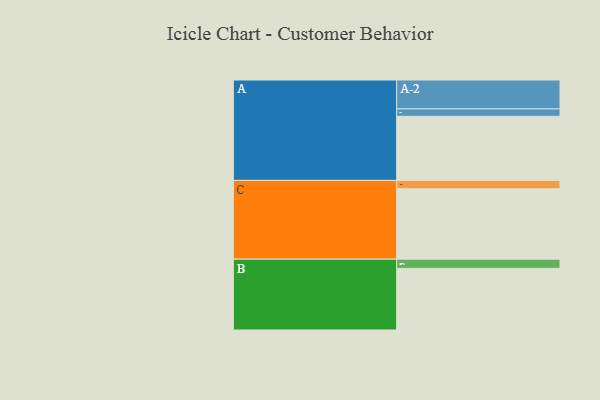
{"axis": {"x": "Segment", "y": "Value"}, "legend": ["", "A", "B", "C"], "data": [{"x": "A", "y": 444, "type": ""}, {"x": "B", "y": 427, "type": ""}, {"x": "C", "y": 488, "type": ""}, {"x": "A-1", "y": 52, "type": "A"}, {"x": "A-2", "y": 200, "type": "A"}, {"x": "B-1", "y": 64, "type": "B"}, {"x": "C-1", "y": 58, "type": "C"}]}